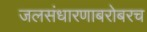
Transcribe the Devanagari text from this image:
जलसंधारणाबरोबरच